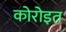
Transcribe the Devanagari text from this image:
कोरोइत